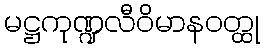
မဋ္ဌကုဏ္ဍလီဝိမာနဝတ္ထု